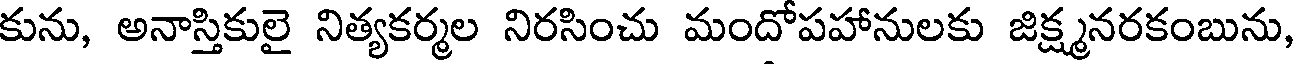
కును, అనాస్తికులై నిత్యకర్మల నిరసించు మందోపహానులకు జిక్ష్మనరకంబును,